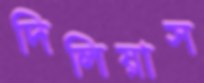
দিলিয়াস